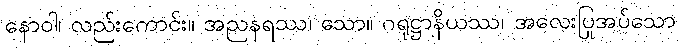
နောဝါ၊ လည်းကောင်း။ အညနရဿ၊ သော။ ဂရုဋ္ဌာနိယဿ၊ အလေးပြုအပ်သော